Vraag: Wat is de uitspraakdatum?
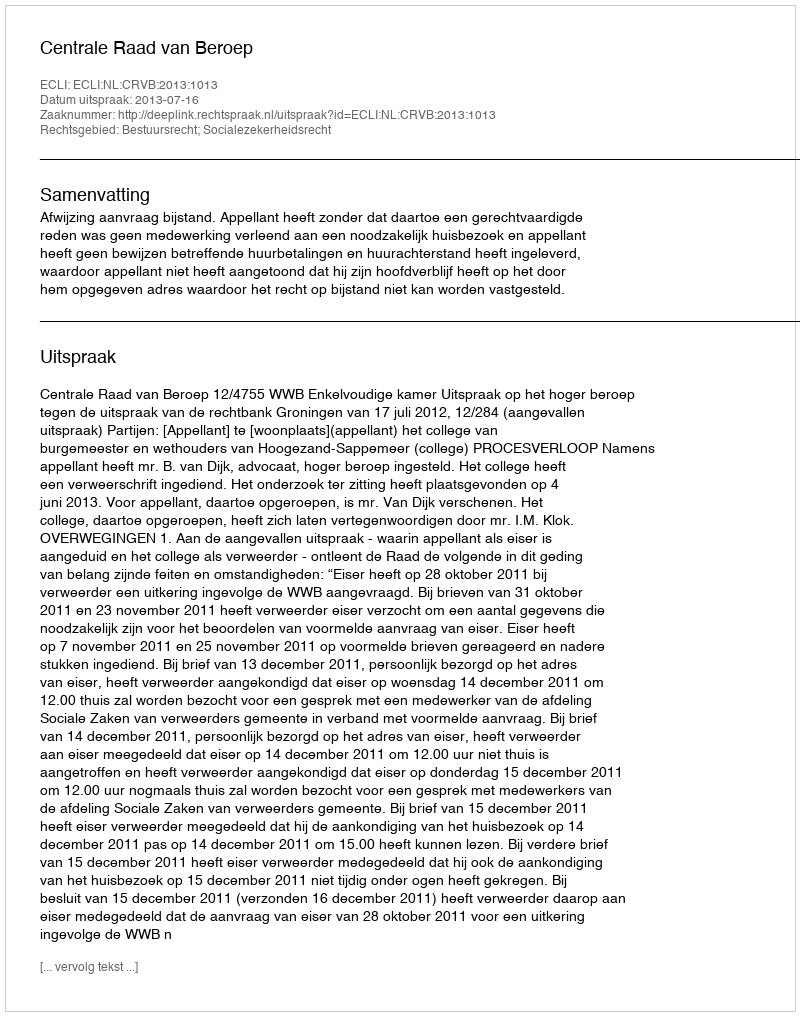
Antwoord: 2013-07-16